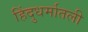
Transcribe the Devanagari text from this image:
हिंदुधर्मातली